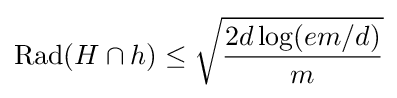
\operatorname {Rad} (H\cap h)\leq {\sqrt {2d\log(em/d) \over m}}